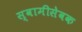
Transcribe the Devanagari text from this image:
स्वामीसेवक